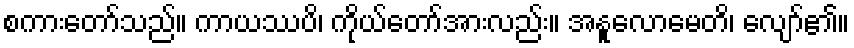
စကားတော်သည်။ ကာယဿပိ၊ ကိုယ်တော်အားလည်း။ အနူလောမေတိ၊ လျော်၏။